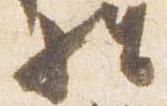
経